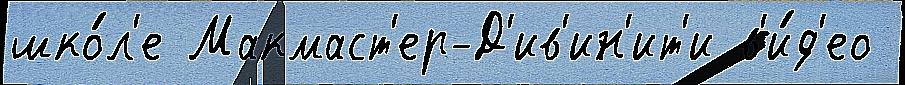
шко́л'е Макмаст'ер-Д'ив'ин'ит'и в'и́д'ео